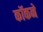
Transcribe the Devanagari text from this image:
कॉकने